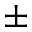
\pm